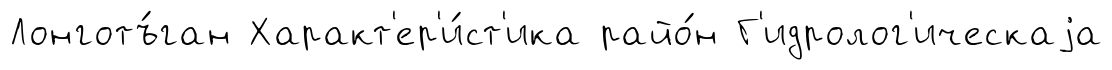
Лонготъ́ган Характ'ер'и́ст'ика райо́н Г'идролог'ическаjа